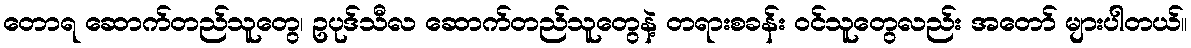
တောရ ဆောက်တည်သူတွေ၊ ဥပုဒ်သီလ ဆောက်တည်သူတွေနဲ့ တရားစခန်း ဝင်သူတွေလည်း အတော် များပါတယ်။